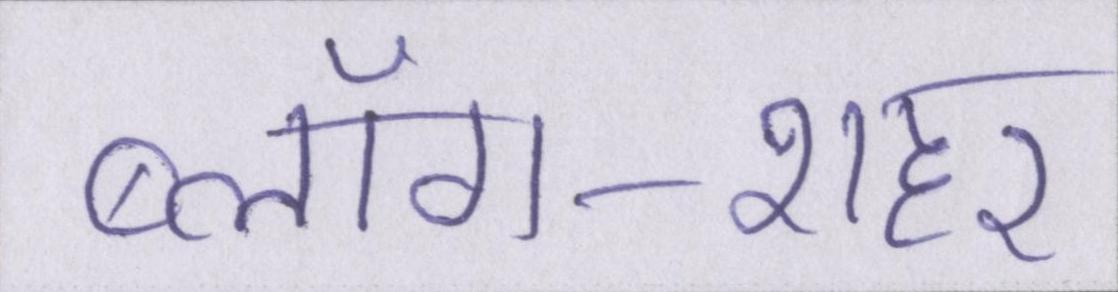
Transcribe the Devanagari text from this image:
ब्लॉग-शहर